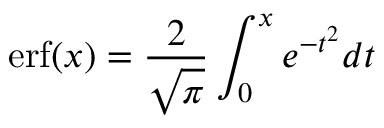
\mathrm { e r f } ( x ) = \frac { 2 } { \sqrt { \pi } } \int _ { 0 } ^ { x } e ^ { - t ^ { 2 } } d t